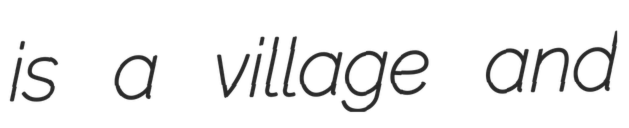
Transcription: is a village and